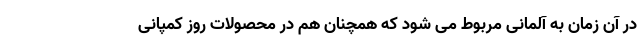
در آن زمان به آلمانی مربوط می شود که همچنان هم در محصولات روز کمپانی